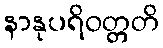
နာနုပရိဝတ္တတိ